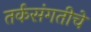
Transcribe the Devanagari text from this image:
तर्कसंगतीचे